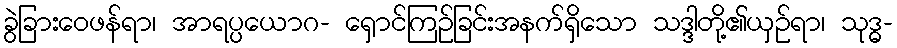
ခွဲခြားဝေဖန်ရာ၊ အာရပ္ပယောဂ- ရှောင်ကြဉ်ခြင်းအနက်ရှိသော သဒ္ဒါတို့၏ယှဉ်ရာ၊ သုဒ္ဓ-